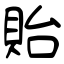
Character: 貽